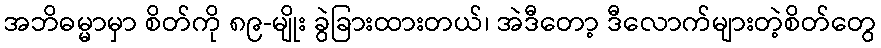
အဘိဓမ္မာမှာ စိတ်ကို ၈၉-မျိုး ခွဲခြားထားတယ်၊ အဲဒီတော့ ဒီလောက်များတဲ့စိတ်တွေ